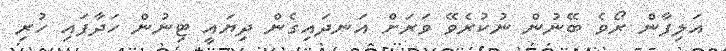
އަލިފާން ރޯވެ ބޭނުން ނުކުރެވޭ ވަރަށް އަނދައިގެން ދިޔައީ ޓިނުން ހަދާފައި ހުރި